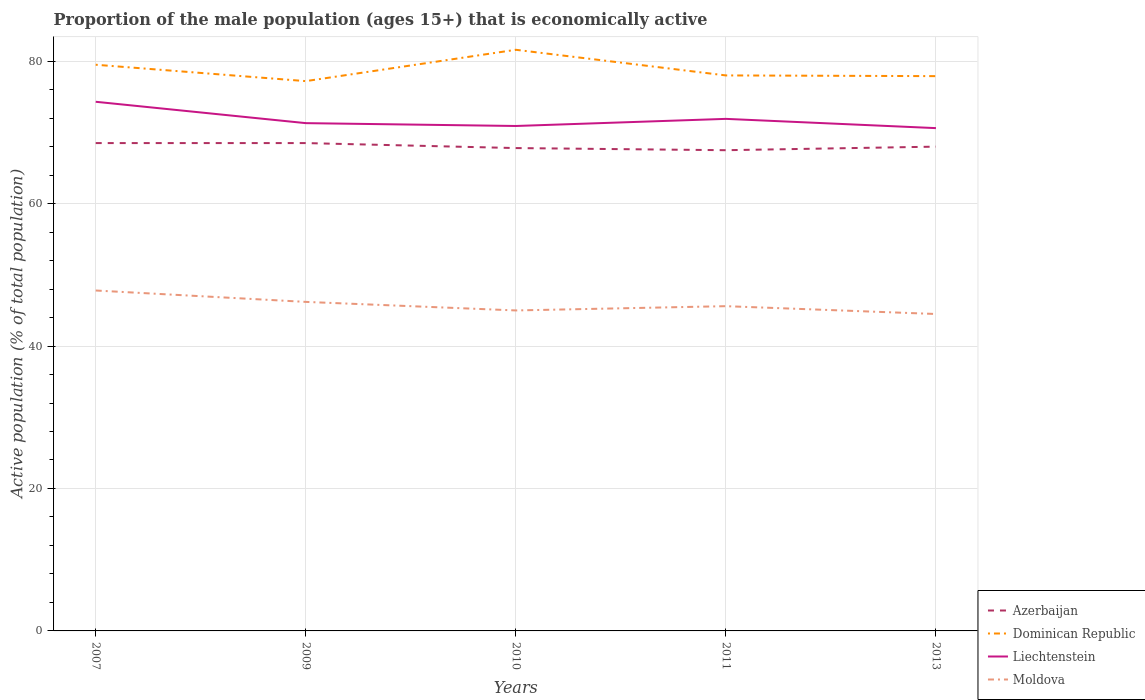
| Years | Azerbaijan | Dominican Republic | Liechtenstein | Moldova |
 | --- | --- | --- | --- | --- |
 | 2007 | 68.5 | 79.5 | 74.3 | 47.8 |
 | 2009 | 68.5 | 77.2 | 71.3 | 46.2 |
 | 2010 | 67.8 | 81.6 | 70.9 | 45 |
 | 2011 | 67.5 | 78 | 71.9 | 45.6 |
 | 2013 | 68 | 77.9 | 70.6 | 44.5 |